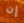
إن